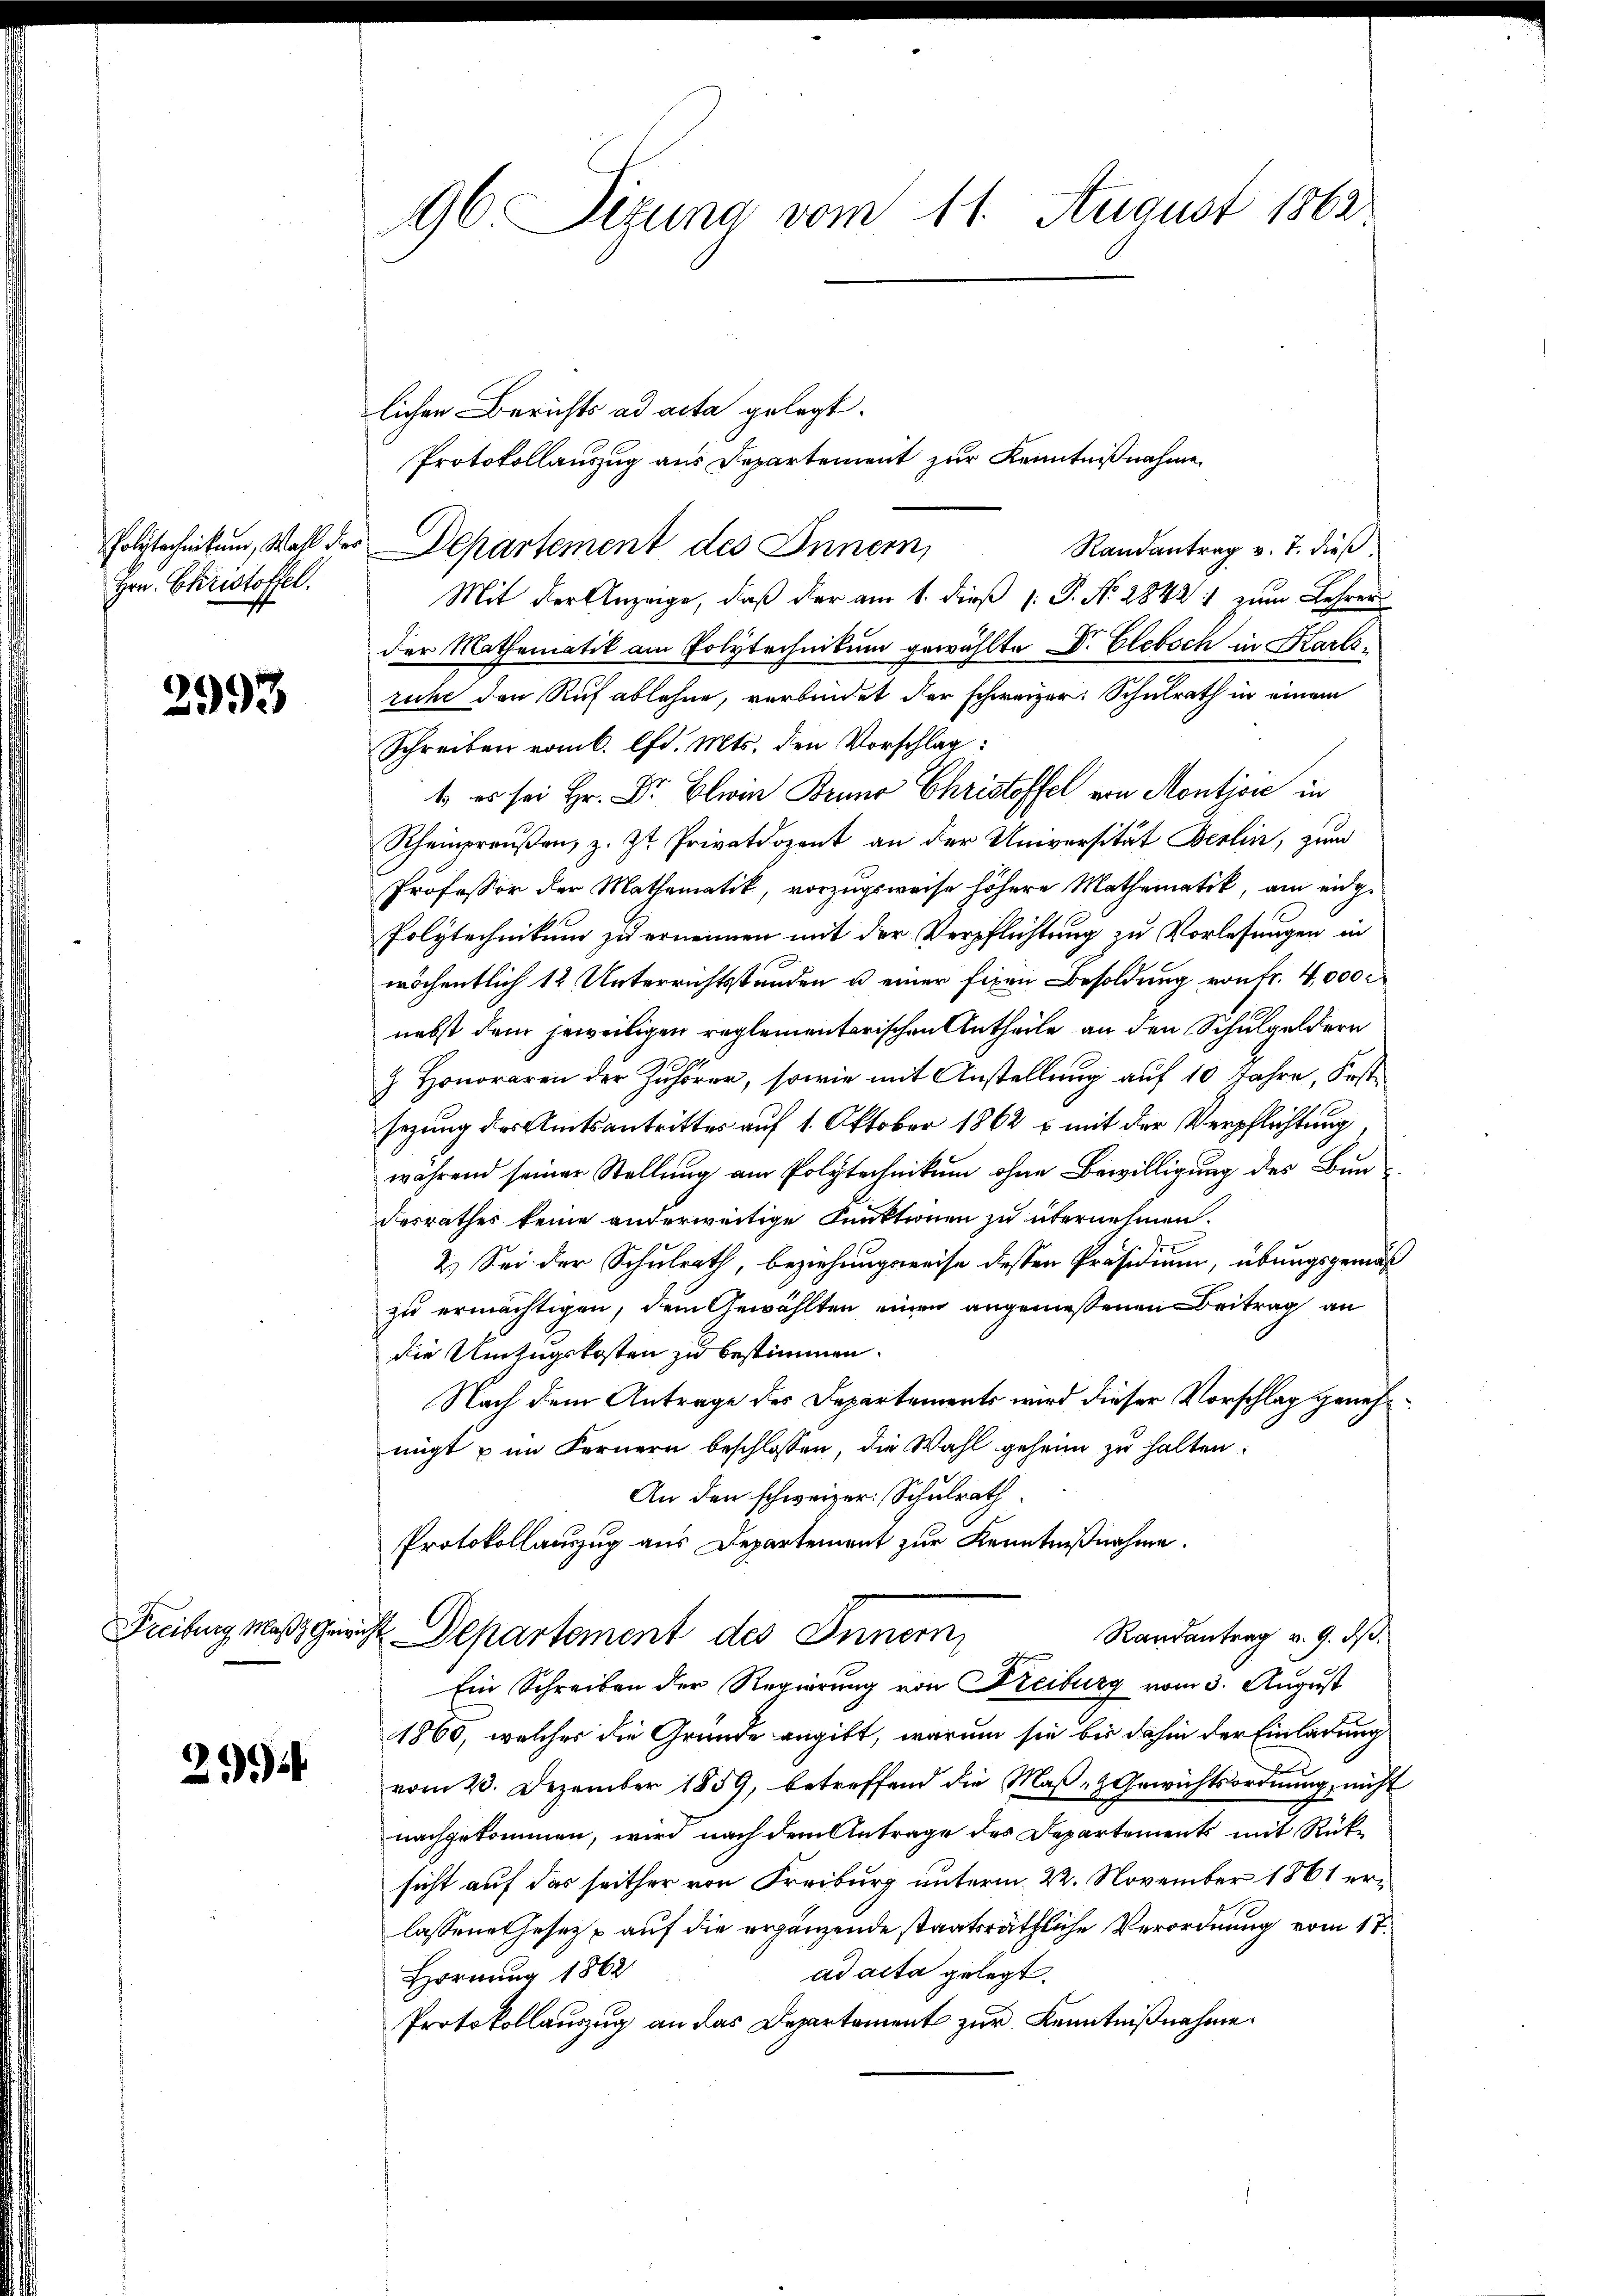
Hrn. Christoffel.

2993

2994

96. Sizung vom 11. August 1862

lichen Berichts ad acta gelegt.
Protokollauszug aus Departement zur Kenntnißnahme
Randantrag v. 7. dieß.
Mit der Anzeige, daß der am 1. dieß 1: P. Nr. 28421 zum Lehrer
der Mathematik am Polytechnikum gewählte Dr. Elebsch in Karlsruche den Ruf ablehne, verbindet der schweizer. Schulrath in einem
Schreiben vom 6. lfd. Mts. den Vorschlag:
1. es sei Hr. Dr. Ein Brun Christoffel von Montjose in
Rheinpreŭβen, z. Zt. Privatdozent an der Universität Berlin, zum
Professor der Mathematik, vorzugsweise höhere Mathematik, am eidge
Polytechnikum zu ernennen mit der Verpflichtung zu Vorlesungen in
wöchentlich 12 Unterrichtsstunden u einer fixen Besoldung von fr. 4,000
nebst dem jeweiligen reglementarischen Antheile an den Schulgeldern
 Honoraren der Zuhörer, sowie mit Anstellung auf 10 Jahre, Postsezung des Amtsantrittes auf 1. Oktober 1862 & mit der Verpflichtung,
während seiner Stellung am Polytechnikum ohne Bewilligung des Bundesrathes keine anderweitige Funktionen zu übernehmen.
2.) Sei der Schulrath, beziehungsweise dessen Präsidium, übungsgemäß
zu ermächtigen, dem Gewählten einen angemessenen Beitrag an
die Umzugskosten zu bestimmen.
Nach dem Antrage des Departements wird dieser Vorschlag genehmigt u im Fernern beschlossen, die Wahl geheim zu halten.
An den schweizer. Schulrath
Protokollauszug aus Departement zur Kenntnißnahme.
Freibung maßgericht Departement des Innern,
Randantrag v. 9. ds.
Ein Schreiben der Regierung von Freiburg vom 3. August
1860, welches die Grunde angibt, warum sie bis dahin der Einladung
vom 23. Dezember 1859, betreffend die Maß- & Gewichtsordnung nicht
nachgekommen, wird nach dem Antrage des Departements mit Rüksicht auf das seither von Freiburg unterm 22. November 1861 erlassene Gesetz auf die ergänzende staatsräthliche Verordnung vom 17.
ad acta gelegt.
Hornung 1862
Protokollauszug an das Departement zur Kenntnißnahme.

Polytechnikum, Wahl des Departement des Innern,